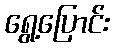
ရွေ့ပြောင်း